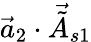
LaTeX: \vec{a}_{2}\cdot\vec{\tilde{A}}_{s1}